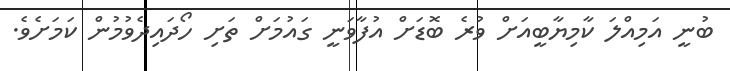
ބުނީ އަމިއްލަ ކާމިޔާބީއަށް ވުރެ ބޮޑަށް އުފާވަނީ ގައުމަށް ތަށި ހޯދައިދެވުމުން ކަމަށެވެ.